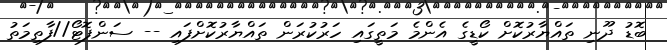
ބޮޑު ދޫނި ތައްޔާރުކޮށް ކޯޑީގެ އެންމެ މަތީގައި ހަރުކުރަން ތައްޔާރުކޮށްފައި -- ސަންފޮޓޯ//ފާތިމަތު